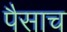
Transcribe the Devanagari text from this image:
पैसाच